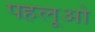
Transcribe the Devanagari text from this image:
पहलूओ